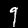
Digit: 9